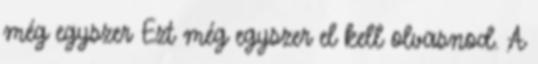
még egyszer Ezt még egyszer el kell olvasnod. A